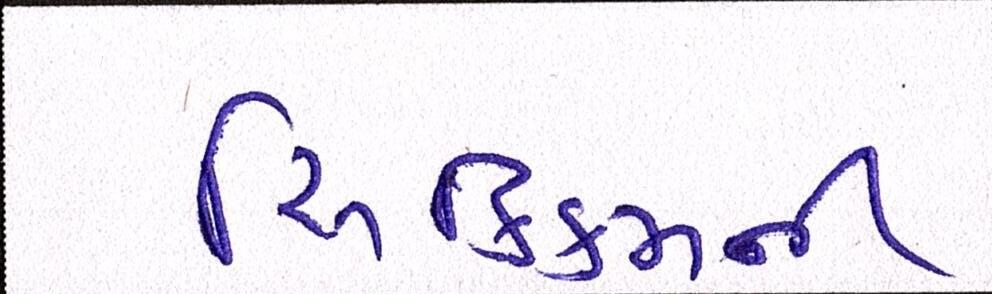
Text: સિક્કિમની